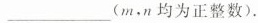
______(m，n均为正整数)。